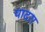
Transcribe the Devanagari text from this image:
पादरा